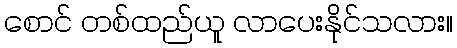
စောင် တစ်ထည်ယူ လာပေးနိုင်သလား။